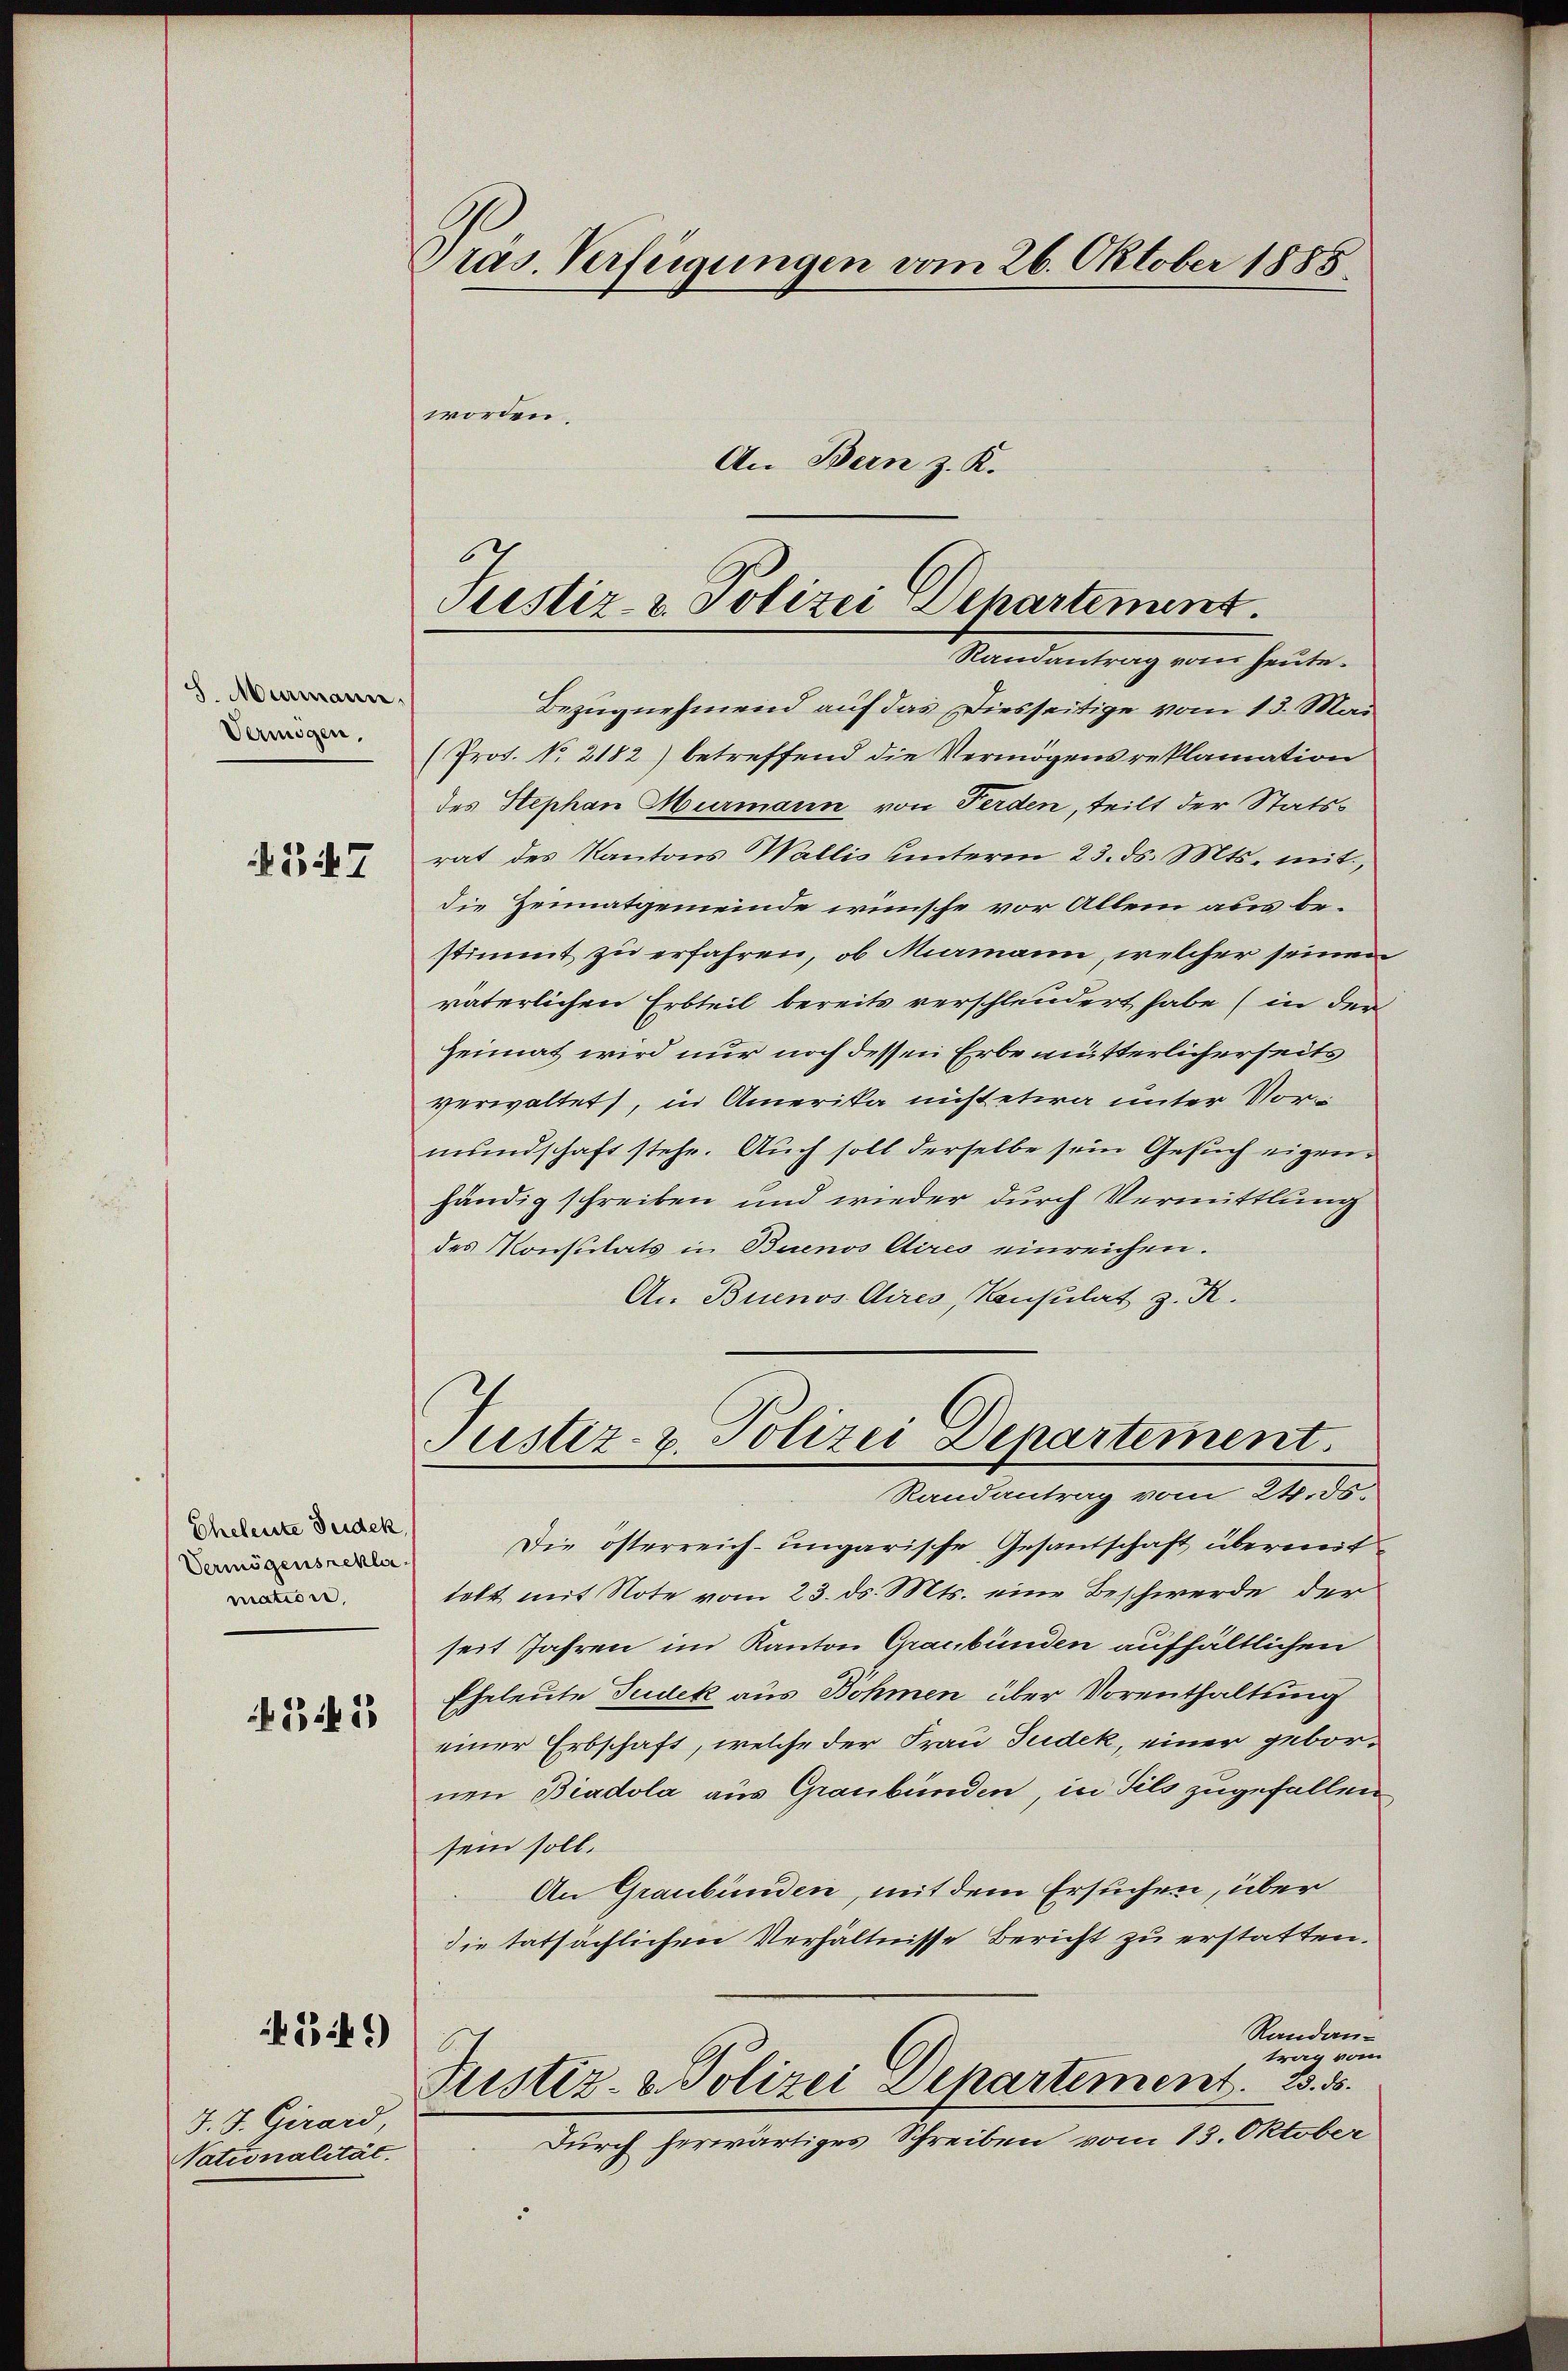
8. Murmann.
Vermögen,
§ 547

Eheleute Seidek,
Vermögensnekle
mation,

1534. 53

13 14)

J. J. Girard,
Nationalität.

ras. Verfügungen vom 26. Oktober 1885
worden.
An Bern z. K.

6
Pustiz- & Polizei Departement.
Randantrag vom heute.

Bezugnehmend auf das Diesseitige vom 13. Mai
(Prot. No. 2182) betreffend die Vermögens reklamation
des Stephan Murmann von Ferden, teilt der Statsrat des Kantons Wallis unterm 23. ds. Mts. mit,
die Zeimatgemeinde wünsche vor Allem aus bestimmt zu erfahren, ob Mamann, welcher seinen
väterlichen Erbteil bereits verschleudert habe (in der
Heimat wird nur noch dessen Erbe mutterlicherseits
verwaltet, in Amerika nicht etwa unter Vormundschaft stehe. Auch soll derselbe sein Gesuch eigenhändig schreiben und wieder durch Vermittlung
des Konsulats in Buenos Aires einreichen.
An Buenos Aires, Konsulat z. R.
Justiz- u. Polizei Departement.
Randantrag vom 24. ds.
Die österreich-ungarische Gesandschaft übereit
telt mit Note vom 23. ds. Mts. eine Beschwerde der
seit Jahren im Kanton Graubünden aufhältlichen
Eheleute Judek aus Böhmen über Vorenthaltung
einer Erbschaft, welche der Frau Judek, einer gebornen Biadola aus Graubünden, in Sils zugefallen
sein soll.
An Graubünden, mit dem Ersuchen, über
die tatsächlichen Verhältnisse Bericht zu erstatten.
Randantra vom
Justiz- & Polizei Departement. 25. 5.
Durch herwärtiges Schreiben vom 13. Oktober